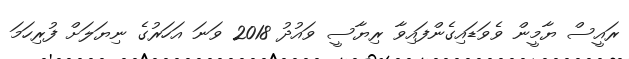
ރައީސް ޔާމީން ވެވަޑައިގެންފައިވާ ރިޔާސީ ވައުދު 2018 ވަނަ އަހަރުގެ ނިޔަލަށް ފުރިހަމަ